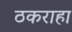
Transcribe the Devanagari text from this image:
ठकराहा